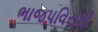
ભાજપવિરોધી